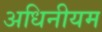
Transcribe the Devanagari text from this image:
अधिनीयम